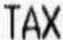
TAX